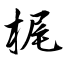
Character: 梶